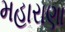
મહારાણા